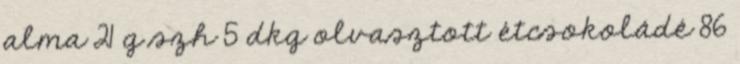
alma 21 g szh 5 dkg olvasztott étcsokoládé 86